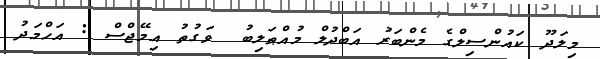
މިލަދޫ ކައުންސިލްގެ މެންބަރު އަބްދުލް މުއްޠަލިބު  ވަގުތު އިމޭޖްސް : އަހްމަދު